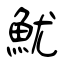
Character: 魷